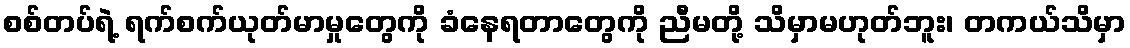
စစ်တပ်ရဲ့ ရက်စက်ယုတ်မာမှုတွေကို ခံနေရတာတွေကို ညီမတို့ သိမှာမဟုတ်ဘူး၊ တကယ်သိမှာ